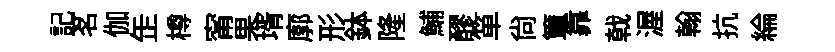
記茗伽𦈢樽甯果壻廓形鉢隆鯆醪箪尚簟靠戟渥翰抗綸